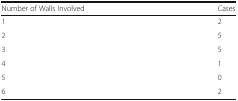
<table><thead><tr><td><b>Number of Walls Involved</b></td><td><b>Cases</b></td></tr></thead><tbody><tr><td>1</td><td>2</td></tr><tr><td>2</td><td>5</td></tr><tr><td>3</td><td>5</td></tr><tr><td>4</td><td>1</td></tr><tr><td>5</td><td>0</td></tr><tr><td>6</td><td>2</td></tr></tbody></table>